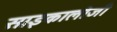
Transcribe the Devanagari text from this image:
साइकालोजी